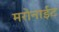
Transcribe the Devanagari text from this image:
मरोनाईट